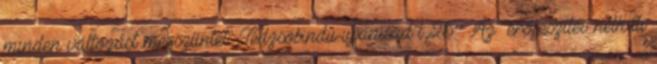
minden változást megszűntet" Tedzsobindu-upanisad l,25. . Az "erőfeszítés nélküli